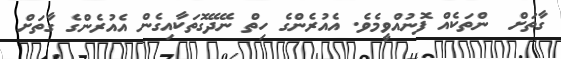
ގާތަށް  ންތަކެއް ފޮނުއްވީމެވެ. އެއުރެންގެ ހިތް ނޭދޭގޮތަކާއިގެން އެއުރެންގެ ގާތަށް